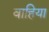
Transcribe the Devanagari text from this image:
वाहिया